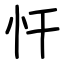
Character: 忓